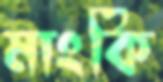
মাংকি